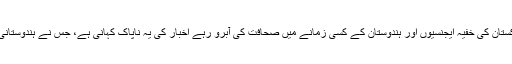
ہتھیاروں کے دلالوں، چین اور پاکستان کی خفیہ ایجنسیوں اور ہندوستان کے کسی زمانے میں صحافت کی آبرو رہے اخبار کی یہ ناپاک کہانی ہے، جس نے ہندوستانی صحافت کو شرمسار کر دیا ہے۔